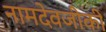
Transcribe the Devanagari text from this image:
नामदेवजीकी